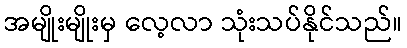
အမျိုးမျိုးမှ လေ့လာ သုံးသပ်နိုင်သည်။